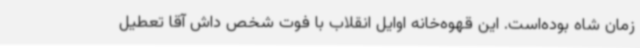
زمان شاه بوده‌است. این قهوه‌خانه اوایل انقلاب با فوت شخص داش آقا تعطیل